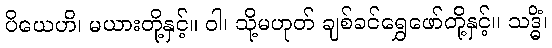
ပိယေဟိ၊ မယားတို့နှင့်။ ဝါ၊ သို့မဟုတ် ချစ်ခင်ရွှေဖော်တို့နှင့်။ သဒ္ဓိံ၊